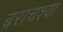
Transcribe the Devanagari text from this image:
बराचश्या